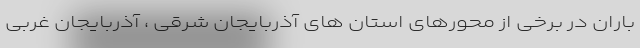
باران در برخی از محورهای استان های آذربایجان شرقی ، آذربایجان غربی